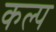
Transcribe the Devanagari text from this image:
कल्‍प